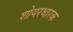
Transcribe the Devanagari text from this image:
शोयरधारक